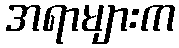
အရာများက